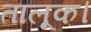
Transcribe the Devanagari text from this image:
तालूक।